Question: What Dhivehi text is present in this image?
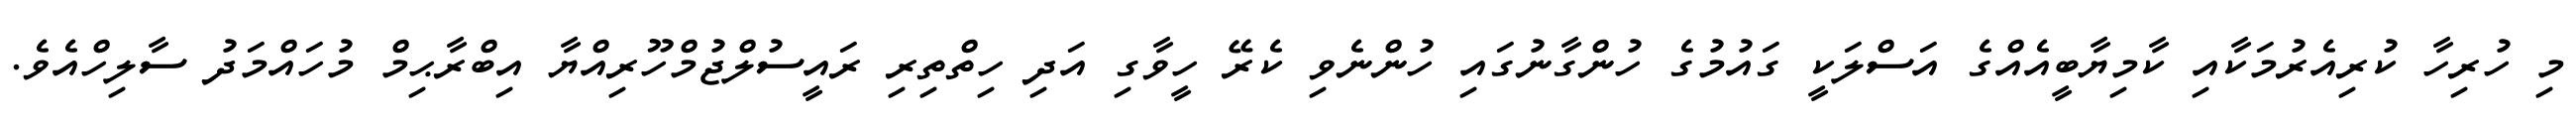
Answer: މި ހުރިހާ ކުރިއެރުމަކާއި ކާމިޔާބީއެއްގެ އަސްލަކީ ގައުމުގެ ހުންގާނުގައި ހުންނެވި ކެރޭ ހީވާގި އަދި ހިތްތިރި ރައީސުލްޖުމްހޫރިއްޔާ އިބްރާޙިމް މުހައްމަދު ސާލިހްއެވެ.